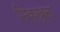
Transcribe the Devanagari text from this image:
भिक्खूना